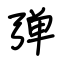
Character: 弹